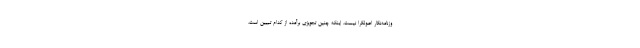
وزنامه‌نگار اصولگرا نیست. اینکه چنین تجویزی برآمده از کدام تبیین است،